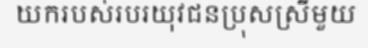
យករបស់របរយុវជនប្រុសស្រីមួយ